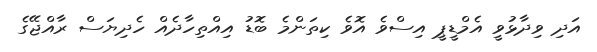
އަދި ވިދާޅުވީ އެމްޑީޕީ އިސްވެ އޮވެ ކިތަންމެ ބޮޑު އިއްތިހާދެއް ހެދިޔަސް ރާއްޖޭގެ